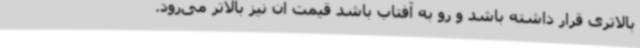
بالاتری قرار داشته باشد و رو به آفتاب باشد قیمت آن نیز بالاتر می‌رود.